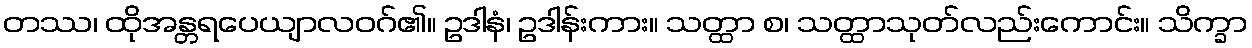
တဿ၊ ထိုအန္တရပေယျာလဝဂ်၏။ ဥဒါနံ၊ ဥဒါန်းကား။ သတ္ထာ စ၊ သတ္ထာသုတ်လည်းကောင်း။ သိက္ခာ